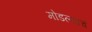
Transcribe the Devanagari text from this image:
मोडल्याचं